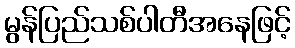
မွန်ပြည်သစ်ပါတီအနေဖြင့်